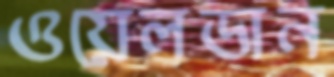
ওয়েলডান